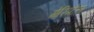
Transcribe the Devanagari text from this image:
गेरिप्टेस